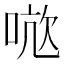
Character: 𭈤